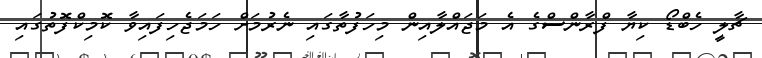
ޗާލީ ހެބްޑޯ ކިޔާ ފްރާންސްގެ އެ މަޖައްލާއިން މިހަފުތާގައި ނެރުމަށް ހަމަޖެހިފައިވާ ކޮމިކްފޮތުގައި